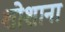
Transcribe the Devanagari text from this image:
शोशाना